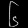
Digit: ၆